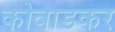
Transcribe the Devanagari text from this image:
कोवाडकर